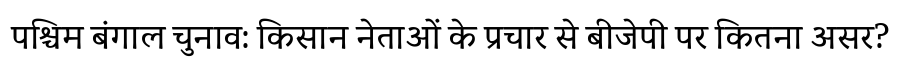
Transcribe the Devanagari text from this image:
पश्चिम बंगाल चुनाव: किसान नेताओं के प्रचार से बीजेपी पर कितना असर?